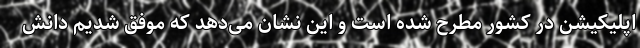
اپلیکیشن در کشور مطرح شده است و این نشان می‌دهد که موفق شدیم دانش